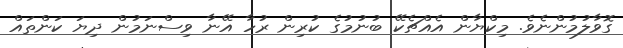
ގޮވާލުމުންނެވެ. މިކްޔާން އެއްޗެކޭ ބުނުމުގެ ކުރިން ރުހާ އޭނާ ވިސްނަމުން ދިޔަ ކަންތައް